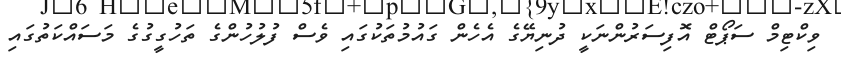
ވިކްޓިމް ސަޕޯޓް އޮފިސަރުންނަކީ ދުނިޔޭގެ އެހެން ގައުމުތަކުގައި ވެސް ފުލުހުންގެ ތަހުގީގުގެ މަސައްކަތުގައި